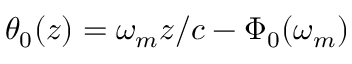
\theta _ { 0 } ( z ) = \omega _ { m } z / c - \Phi _ { 0 } ( \omega _ { m } )